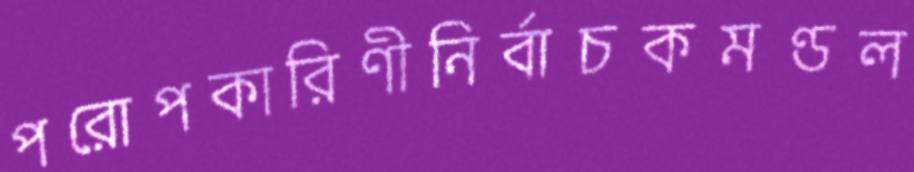
পরোপকারিণীনির্বাচকমণ্ডল